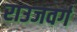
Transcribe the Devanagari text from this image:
राउजवर्ग